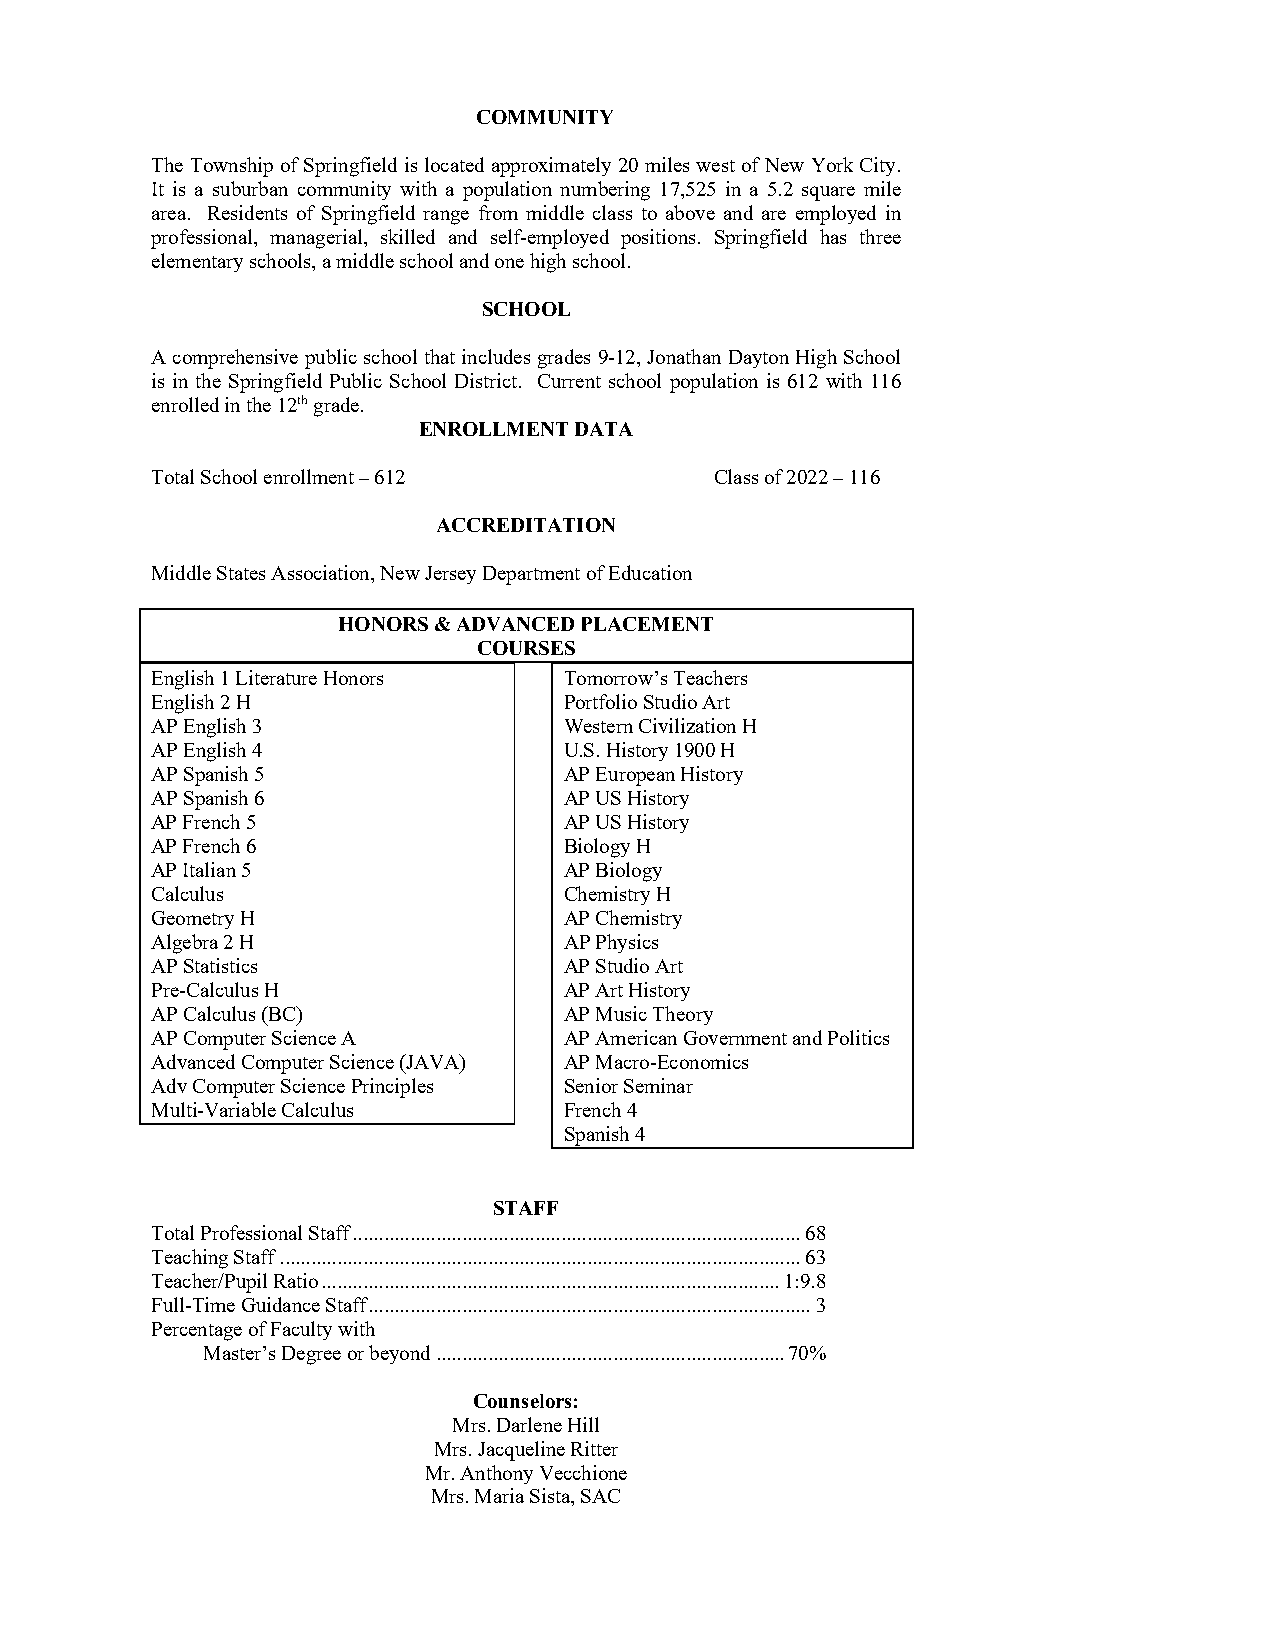
COMMUNITY
 The Township of Springfield is located approximately 20 miles west of New York City.
 It is a suburban community with a population numbering 17,525 in a 5.2 square mile
 area. Residents of Springfield range from middle class to above and are employed in
 professional, managerial, skilled and self-employed positions. Springfield has three
 elementary schools, a middle school and one high school.
 SCHOOL
 A comprehensive public school that includes grades 9-12, Jonathan Dayton High School
 is in the Springfield Public School District. Current school population is 612 with 116
 enrolled in the 12th grade.
 ENROLLMENT DATA
 Total School enrollment – 612        Class of 2022 – 116
 ACCREDITATION
 Middle States Association, New Jersey Department of Education
 HONORS & ADVANCED PLACEMENT
 COURSES
 English 1 Literature Honors Tomorrow’s Teachers
 English 2 H                Portfolio Studio Art
 AP English 3               Western Civilization H
 AP English 4               U.S. History 1900 H
 AP Spanish 5               AP European History
 AP Spanish 6               AP US History
 AP French 5                AP US History
 AP French 6                Biology H
 AP Italian 5               AP Biology
 Calculus                   Chemistry H
 Geometry H                 AP Chemistry
 Algebra 2 H                AP Physics
 AP Statistics              AP Studio Art
 Pre-Calculus H             AP Art History
 AP Calculus (BC)           AP Music Theory
 AP Computer Science A      AP American Government and Politics
 Advanced Computer Science (JAVA) AP Macro-Economics
 Adv Computer Science Principles Senior Seminar
 Multi-Variable Calculus    French 4
 Spanish 4
 STAFF
 Total Professional Staff ...................................................................................... 68
 Teaching Staff .................................................................................................... 63
 Teacher/Pupil Ratio ........................................................................................ 1:9.8
 Full-Time Guidance Staff ..................................................................................... 3
 Percentage of Faculty with
 Master’s Degree or beyond ................................................................... 70%
 Counselors:
 Mrs. Darlene Hill
 Mrs. Jacqueline Ritter
 Mr. Anthony Vecchione
 Mrs. Maria Sista, SAC